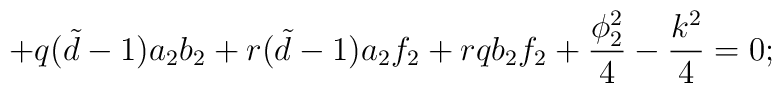
+q({\tilde d}-1)a_{2}b_{2}+r({\tilde d}-1)a_{2}f_{2}+rqb_{2}f_{2}  +\frac{\phi_{2}^{2}}{4}-\frac{k^{2}}{4}=0;